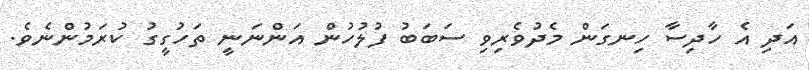
އަދި އެ ހާދިސާ ހިނގަން މެދުވެރިވި ސަބަބު ފުލުހުން އަންނަނީ ތަހުގީގު ކުރަމުންނެވެ.